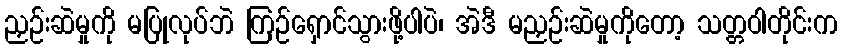
ညှဉ်းဆဲမှုကို မပြုလုပ်ဘဲ ကြဉ်ရှောင်သွားဖို့ပါပဲ၊ အဲဒီ မညှဉ်းဆဲမှုကိုတော့ သတ္တဝါတိုင်းက